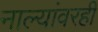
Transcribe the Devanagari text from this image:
नाल्यांवरही